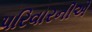
પરિવારનીએ